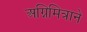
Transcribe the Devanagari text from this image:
अग्निमित्राने